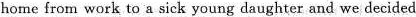
home from work to a sick young daughter and we decided